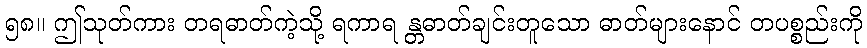
၅၈။ ဤသုတ်ကား တရဓာတ်ကဲ့သို့ ရကာရ န္တဓာတ်ချင်းတူသော ဓာတ်များနောင် တပစ္စည်းကို